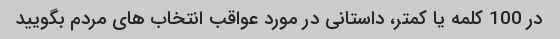
در 100 کلمه یا کمتر، داستانی در مورد عواقب انتخاب های مردم بگویید